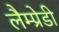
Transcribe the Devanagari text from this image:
लैम्प्रेडी